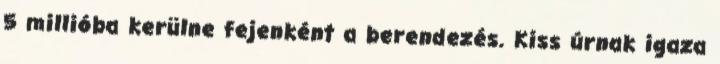
5 millióba kerülne fejenként a berendezés. Kiss úrnak igaza